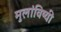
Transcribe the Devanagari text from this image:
मुलांविष्यी